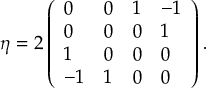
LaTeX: \eta = 2 \left( \begin{array} { l l l l } { { 0 } } & { { 0 } } & { { 1 } } & { { - 1 } } \\ { { 0 } } & { { 0 } } & { { 0 } } & { { 1 } } \\ { { 1 } } & { { 0 } } & { { 0 } } & { { 0 } } \\ { { - 1 } } & { { 1 } } & { { 0 } } & { { 0 } } \end{array} \right) .